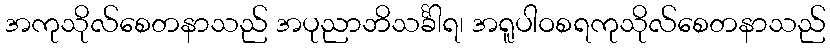
အကုသိုလ်စေတနာသည် အပုညာဘိသင်္ခါရ၊ အရူပါဝစရကုသိုလ်စေတနာသည်